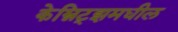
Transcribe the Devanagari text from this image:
केम्निट्झमधील